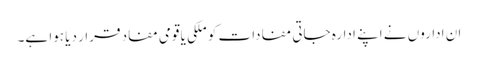
ان اداروں نے اپنے ادارہ جاتی مفادات کو ملکی یا قومی مفاد قرار دیا ہوا ہے۔